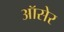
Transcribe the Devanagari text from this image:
ऑसेर